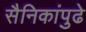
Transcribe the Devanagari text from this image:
सैनिकांपुढे